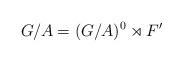
LaTeX: \begin{align*}G/A = (G/A)^0 \rtimes F'\end{align*}